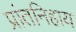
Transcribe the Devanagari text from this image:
प्रांतनिहाय